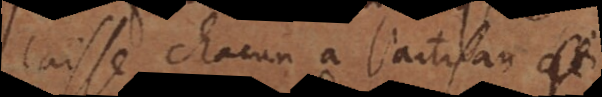
laisse chacun a l’artisan